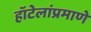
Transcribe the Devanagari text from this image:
हॉटेलांप्रमाणे